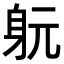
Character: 𨈤